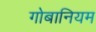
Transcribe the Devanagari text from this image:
गोबानियम